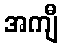
အကျီ